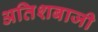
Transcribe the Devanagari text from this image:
अतिशबाजी